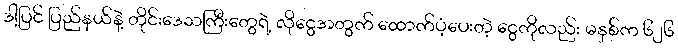
ဒါ့ပြင် ပြည်နယ်နဲ့ တိုင်းဒေသကြီးတွေရဲ့ လိုငွေအတွက် ထောက်ပံ့ပေးတဲ့ ငွေကိုလည်း မနှစ်က ၆၂၆